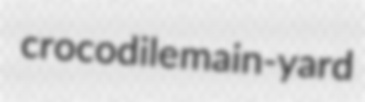
crocodile main-yard